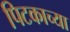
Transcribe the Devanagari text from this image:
पिटकाच्या